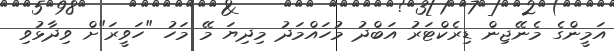
އަމީންގެ މެނޭޖިން ޑިރެކްޓަރު އަބްދު މުހައްމަދު މިދިޔަ މޭ މަހު "ހަވީރަ"ށް ވިދާޅުވި